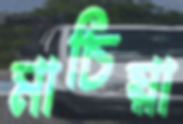
মাচিয়া